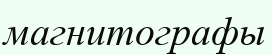
магнитографы